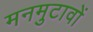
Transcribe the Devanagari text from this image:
मनमुटावों